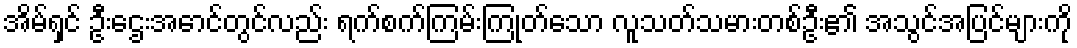
အိမ်ရှင် ဦးဌေးအောင်တွင်လည်း ရက်စက်ကြမ်းကြုတ်သော လူသတ်သမားတစ်ဦး၏ အသွင်အပြင်များကို